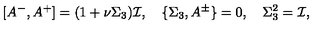
[ A ^ { - } , A ^ { + } ] = ( 1 + \nu \Sigma _ { 3 } ) { \cal I } , \quad \{ \Sigma _ { 3 } , A ^ { \pm } \} = 0 , \quad \Sigma _ { 3 } ^ { 2 } = { \cal I } ,